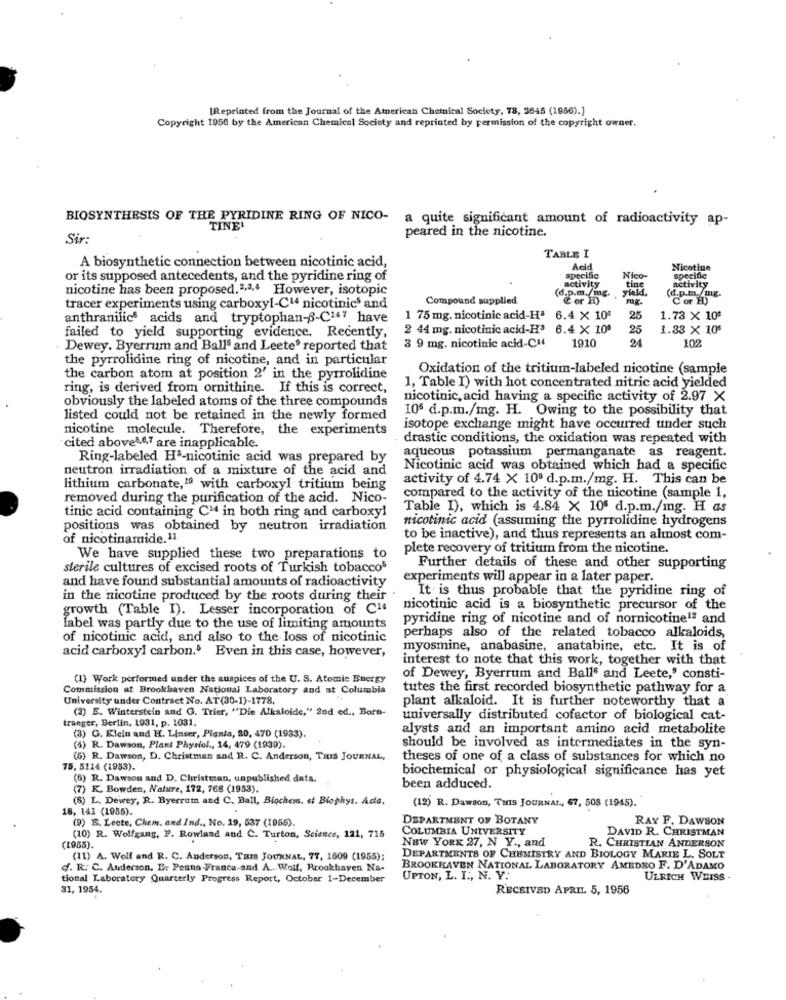
[Reprinted from the Journal of the American Chemical Society, 78, 2645 (1966).]
Copyright 1950 by the American Chemical Society and reprinted by permission of the copyright owner.
BIOSYNTHESIS OF THE PYRIDINE RING OF NICO-
a quite significant amount of radioactivity ap-
TINE!
peared in the nicotine.
Sir:
TABLE I
A biosynthetic connection between nicotinic acid,
Acid
Nicotine
or its supposed antecedents, and the pyridine ring of
specific
activity
Nico-
specific
activity
nicotine has been proposed.2,3,4 However, isotopic
ting
Compound supplied
& or L
yield.
(d.p.m. mg.
Cor H)
tracer experiments using carboxyl-C14 nicotinics and
anthranilic acids and tryptophan-B-C147 have
1 75 mg. nicotinic acid-Ha
6.4 X 100
25
1.73 X 10€
2 44 mg. nicotinic acid-H3 6.4 X 100
25
1.33 X 105
failed to yield supporting evidence. Recently,
3 9 mg. nicotinic acid-CH
1910
24
102
Dewey. Byerrum and Balls and Leete' reported that
the pyrrolidine ring of nicotine, and in particular
Oxidation of the tritium-labeled nicotine (sample
the carbon atom at position 2' in the pyrrolidine
ring, is derived from ornithine. If this is correct,
1, Table I) with hot concentrated nitric acid yielded
obviously the labeled atoms of the three compounds
nicotinic, acid having a specific activity of 2.97 X
10 d.p.m./mg. H. Owing to the possibility that
listed could not be retained in the newly formed
nicotine molecule. Therefore, the experiments
isotope exchange might have occurred under such
drastic conditions, the oxidation was repeated with
cited above4,0,7 are inapplicable.
aqueous potassium permanganate as reagent.
Ring-labeled H3-nicotinic acid was prepared by
neutron irradiation of a mixture of the acid and
Nicotinic acid was obtained which had a specific
activity of 4.74 X 100 d.p.m./mg. H. This can be
lithium carbonate,10 with carboxyl tritium being
removed during the purification of the acid. Nico-
compared to the activity of the nicotine (sample 1,
Table I), which is 4.84 X 105 d.p.m./mg. H as
tinic acid containing C14 in both ring and carboxyl
nicotinic acid (assuming the pyrrolidine hydrogens
positions was obtained by neutron irradiation
of nicotinaride.11
to be inactive), and thus represents an almost com-
plete recovery of tritium from the nicotine.
We have supplied these two preparations to
sterile cultures of excised roots of Turkish tobaccos
Further details of these and other supporting
and have found substantial amounts of radioactivity
experiments will appear in a later paper.
It is thus probable that the pyridine ring of
in the nicotine produced by the roots during their
growth (Table I). Lesser incorporation of C1ª
nicotinic acid is a biosynthetic precursor of the
pyridine ring of nicotine and of nornicotine1ª and
label was partly due to the use of limiting amounts
of nicotinic acid, and also to the loss of nicotinic
perhaps also of the related tobacco alkaloids,
acid carboxyl carbon. Even in this case, however,
myosmine, anabasine, anatabine, etc. It is of
interest to note that this work, together with that
(1) Work performed under the auspices of the U. S. Atomic Energy
of Dewey, Byerrum and Balls and Leete,' consti-
Commission at Brookhaven National Laboratory and at Columbia
tutes the first recorded biosynthetic pathway for a
University under Contract No. AT(30-1)-1778
plant alkaloid. It is further noteworthy that a
(2) E. Winterstein and G. Trier, "Die Alkaloide," 2nd ed ., Born-
traeger, Berlin, 1931, p. 1031.
universally distributed cofactor of biological cat-
alysts and an important amino acid metabolite
(3) G. Klein and H. Linser, Pienia, 20, 470 (1933).
(4) R. Dawson, Plant Physiol ., 14, 479 (1939).
should be involved as intermediates in the syn-
(6) R. Dawson, D. Christman and R. C. Anderson, THIS JOURNAL,
theses of one of a class of substances for which no
75, 5114 (1953).
biochemical or physiological significance has yet
(6) R. Dawson and D. Christman, unpublished data.
(7) K. Bowden, Nature, 172, 768 (1953).
been adduced.
(8) L. Dewey, R. Byerrum and C. Ball, Biochem. of Biophys. Ade.
18, 141 (1955).
(12) R. Dawson, THIS JOURNAL, 67, 508 (1945).
DEPARTMENT OF BOTANY
RAY F. DAWSON
(9) E. Lecte, Chem. and Ind ., No. 19, 537 (1956).
COLUMBIA UNIVERSITY
DAVID R. CHRISTMAN
(10) R. Wolfgang, F. Rowland and C. Turton, Science, 121, 715
NEW YORK 27, N Y ., and
R. CHRISTIAN ANDERSON
(1955).
(11) A. Wolf and R. C. Anderson, Tais JOURNAL, 77, 1609 (1955);
DEPARTMENTS OF CHEMISTRY AND BIOLOGY MARIE L. SOLT
f. R. C. Anderson, E: Peana -France-and A ... Wolf, Brookhaven Na-
BROOKHAVEN NATIONAL LABORATORY AMEDEO F. D'ADAMO
tional Laboratory Quarterly Progress Report, October 1-December
UPTON, L. I ., N. Y.
ULRICH WEISS .
31, 1954.
RECEIVED APRIL 5, 1956